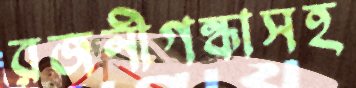
রজনীগন্ধাসহ